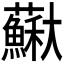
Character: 𡚡